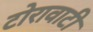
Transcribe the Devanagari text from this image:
टोरावाटी